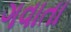
ગવાતા